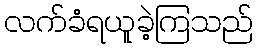
လက်ခံရယူခဲ့ကြသည်